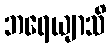
ဘရေယျာသိ